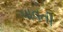
પાવતી